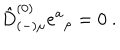
\hat { D } _ { ( - ) \mu } ^ { ( 0 ) } e ^ { a } { } _ { \rho } = 0 \ .